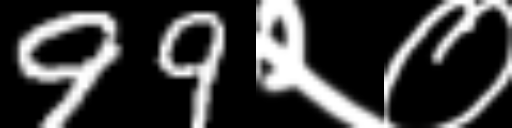
Text: 99२०